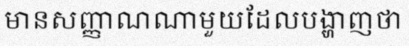
មានសញ្ញាណណាមួយដែលបង្ហាញថា